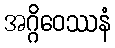
အဂ္ဂိဝေဿနံ